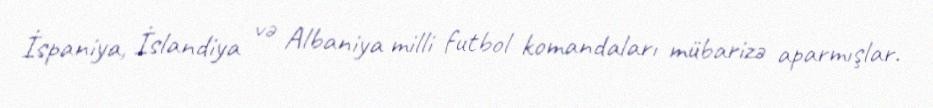
İspaniya, İslandiya və Albaniya milli futbol komandaları mübarizə aparmışlar.